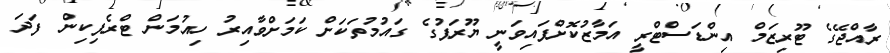
ރާއްޖޭގެ ޓޫރިޒަމް އިންޑަސްޓްރީ އަމާޒުކޮށްފައިވަނީ ޔޫރަޕުގެ ގައުމުތަކަށް ކަމަށްވާއިރު ހިއުމަން ޓްރެފިކިން ފަދަ